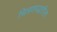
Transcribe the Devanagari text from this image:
चित्रणपद्धतीला